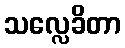
သလ္လေခိတာ